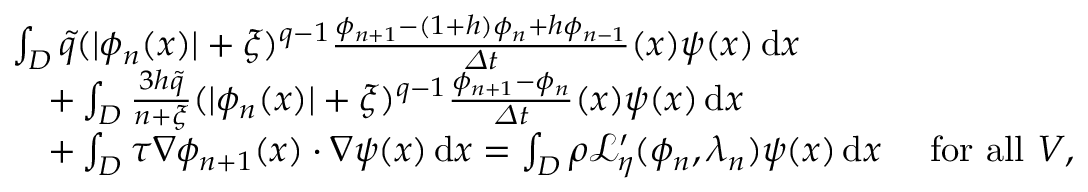
\begin{array} { r l } & { \int _ { D } \tilde { q } ( | \phi _ { n } ( x ) | + \xi ) ^ { q - 1 } \frac { \phi _ { n + 1 } - ( 1 + h ) \phi _ { n } + h \phi _ { n - 1 } } { \varDelta t } ( x ) { \psi } ( x ) \, \mathrm { d } x } \\ & { \quad + \int _ { D } \frac { 3 h \tilde { q } } { n + \xi } ( | \phi _ { n } ( x ) | + \xi ) ^ { q - 1 } \frac { \phi _ { n + 1 } - \phi _ { n } } { \varDelta t } ( x ) { \psi } ( x ) \, \mathrm { d } x } \\ & { \quad + \int _ { D } \tau \nabla \phi _ { n + 1 } ( x ) \cdot \nabla { \psi } ( x ) \, \mathrm { d } x = \int _ { D } \rho \mathcal { L } _ { \eta } ^ { \prime } ( \phi _ { n } , \lambda _ { n } ) \psi ( x ) \, \mathrm { d } x \quad \mathrm { ~ f o r ~ a l l ~ } V , } \end{array}